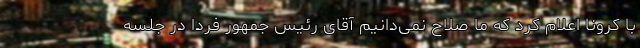
با کرونا اعلام کرد که ما صلاح نمی‌دانیم آقای رئیس جمهور فردا در جلسه